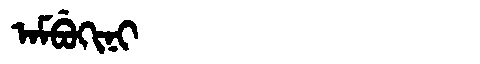
Manchu: ᠠᠮᠪᡠᡴᡳᠨᡳ
Romanization: AMBUKINI